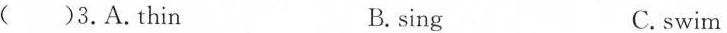
( )3.A.thin B. sing C.swim